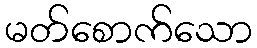
မတ်စောက်သော